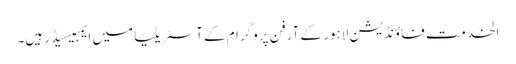
الخدمت فاؤنڈیشن لاہور کے آرفن پروگرام کےآسٹریلیا میں ایمبیسیڈر ہیں۔